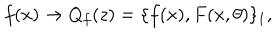
f ( x ) \to Q _ { f } ( z ) = \{ f ( x ) , F ( x , \theta ) \} _ { 1 } ,